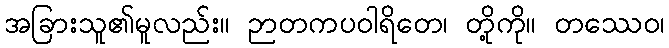
အခြားသူ၏မူလည်း။ ဉာတကပဝါရိတေ၊ တို့ကို။ တဿေဝ၊